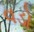
વડો